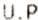
U.P